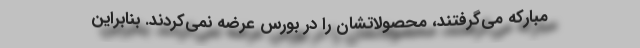
مبارکه می‌گرفتند، محصولاتشان را در بورس عرضه نمی‌کردند. بنابراین